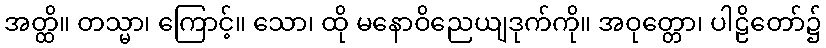
အတ္ထိ။ တသ္မာ၊ ကြောင့်။ သော၊ ထို မနောဝိညေယျဒုက်ကို။ အဝုတ္တော၊ ပါဠိတော်၌